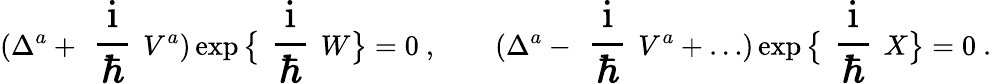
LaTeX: (\Delta^{a}+\mathrm{\Large~\frac{i}{\hbar}~}V^{a})\exp\big\{ \mathrm{\Large~\frac{i}{\hbar}~}W\big\} =0~,\qquad(\Delta^{a}-\mathrm{\Large~\frac{i}{\hbar}~}V^{a}+\ldots)\exp\big\{ \mathrm{\Large~\frac{i}{\hbar}~}X\big\} =0~.